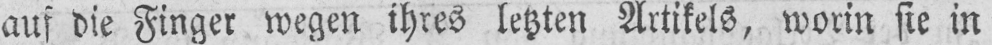
auf die Finger wegen ihres letzten Artikels, worin sie in